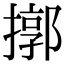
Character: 㨯